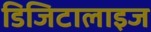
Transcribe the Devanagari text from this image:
डिजिटालाइज